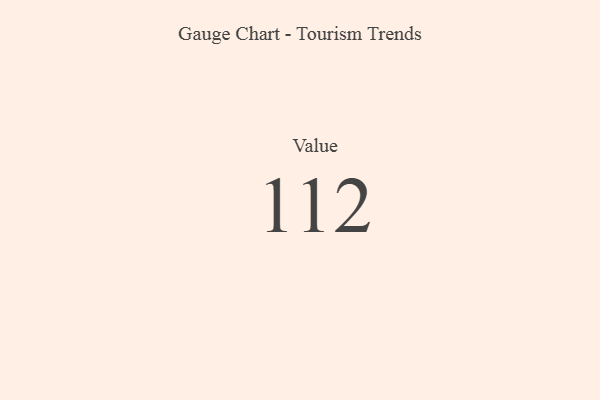
{"axis": {"x": "Metric", "y": "Value"}, "legend": [""], "data": [{"x": "Value", "y": 112, "type": ""}]}